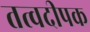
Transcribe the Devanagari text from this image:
तत्वदीपक